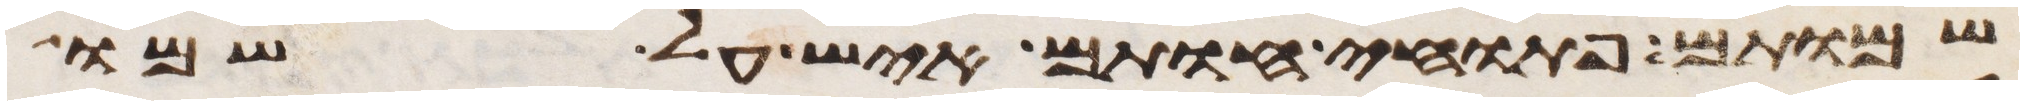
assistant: שמותם פתוחי חותם איש על שמו